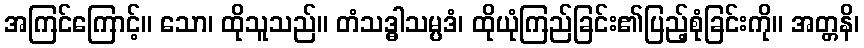
အကြင်ကြောင့်။ သော၊ ထိုသူသည်။ တံသဒ္ဓါသမ္ပဒံ၊ ထိုယုံကြည်ခြင်း၏ပြည့်စုံခြင်းကို။ အတ္တနိ၊